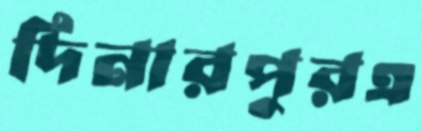
দিনারপুরএ